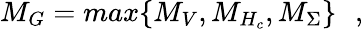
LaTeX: M_{G}=max\{ M_{V},M_{H_{c}},M_{\Sigma}\} \, \, \, \, ,